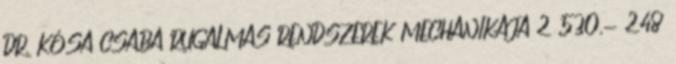
DR. KÓSA CSABA RUGALMAS RENDSZEREK MECHANIKÁJA 2 530,- 248